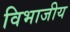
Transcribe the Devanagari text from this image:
विभाजीय